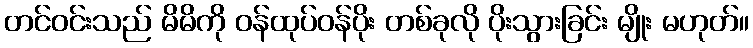
တင်ဝင်းသည် မိမိကို ဝန်ထုပ်ဝန်ပိုး တစ်ခုလို ပိုးသွားခြင်း မျိုး မဟုတ်။